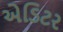
એડિટર